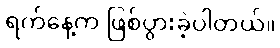
ရက်နေ့က ဖြစ်ပွားခဲ့ပါတယ်။